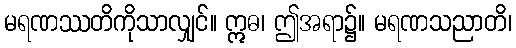
မရဏဿတိကိုသာလျှင်။ ဣဓ၊ ဤအရာ၌။ မရဏသညာတိ၊